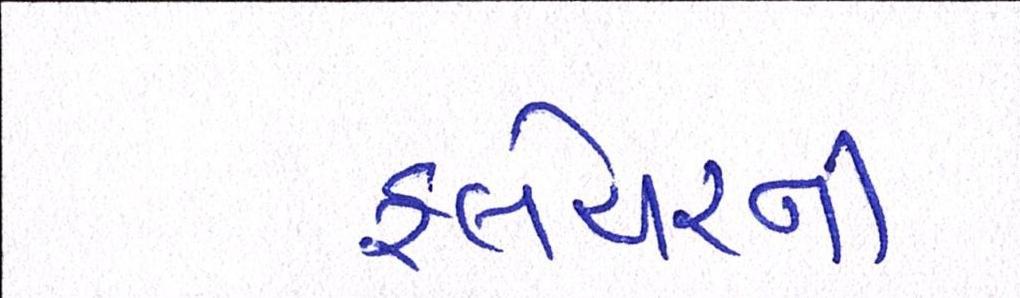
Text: ફ્લેચરની